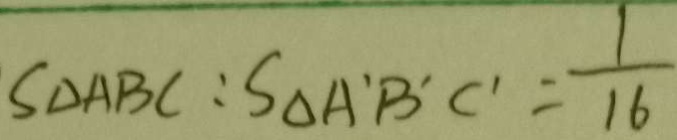
S _ { \Delta A B C } : S _ { \Delta A ^ { \prime } B ^ { \prime } C ^ { \prime } } = \frac { 1 } { 1 6 }